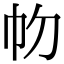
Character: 𢁞